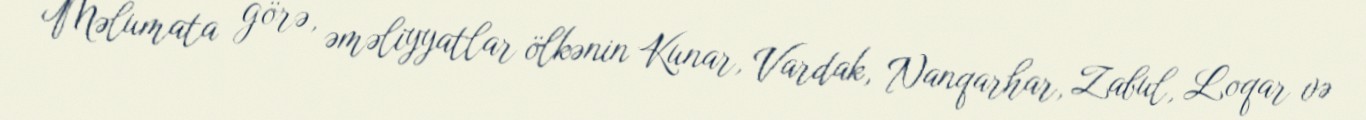
Məlumata görə, əməliyyatlar ölkənin Kunar, Vardak, Nanqarhar, Zabul, Loqar və